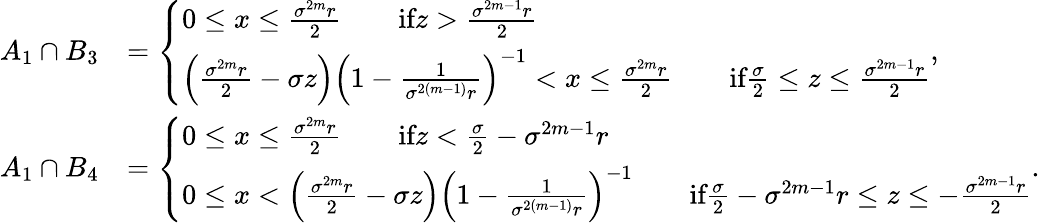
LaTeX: \begin{array}{rl}{A_{1}\cap B_{3}}&{=\left\{ \begin{array}{ll}{0\leq x\leq\frac{\sigma^{2m}r}{2}\qquad\textrm{if}z>\frac{\sigma^{2m-1}r}{2}}\\ {\left(\frac{\sigma^{2m}r}{2}-\sigma z\right)\left(1-\frac{1}{\sigma^{2(m-1)}r}\right)^{-1}<x\leq\frac{\sigma^{2m}r}{2}\qquad\textrm{if}\frac{\sigma}{2}\leq z\leq\frac{\sigma^{2m-1}r}{2}}\end{array}\right.,}\\ {A_{1}\cap B_{4}}&{=\left\{ \begin{array}{ll}{0\leq x\leq\frac{\sigma^{2m}r}{2}\qquad\textrm{if}z<\frac{\sigma}{2}-\sigma^{2m-1}r}\\ {0\leq x<\left(\frac{\sigma^{2m}r}{2}-\sigma z\right)\left(1-\frac{1}{\sigma^{2(m-1)}r}\right)^{-1}\qquad\textrm{if}\frac{\sigma}{2}-\sigma^{2m-1}r\leq z\leq-\frac{\sigma^{2m-1}r}{2}}\end{array}\right..}\end{array}